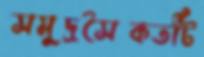
সমুদ্রসৈকতটি